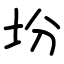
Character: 坋